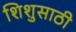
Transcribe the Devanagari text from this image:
शिशुसाठी